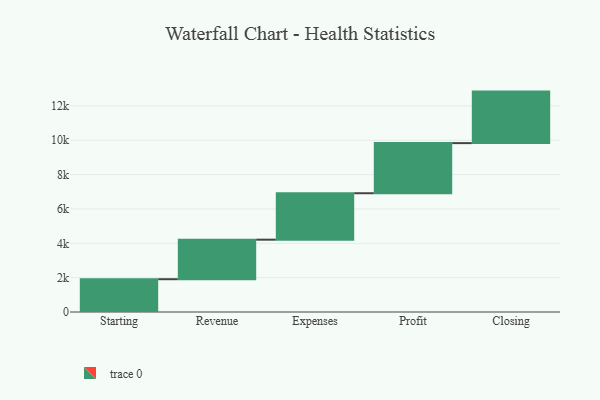
{"axis": {"x": "Step", "y": "Value"}, "legend": [""], "data": [{"x": "Starting", "y": 1910.0, "type": ""}, {"x": "Revenue", "y": 2301.0, "type": ""}, {"x": "Expenses", "y": 2705.0, "type": ""}, {"x": "Profit", "y": 2918.0, "type": ""}, {"x": "Closing", "y": 3000, "type": ""}]}